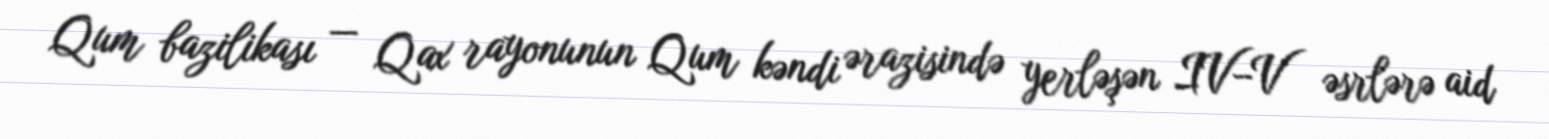
Qum bazilikası — Qax rayonunun Qum kəndi ərazisində yerləşən IV–V əsrlərə aid